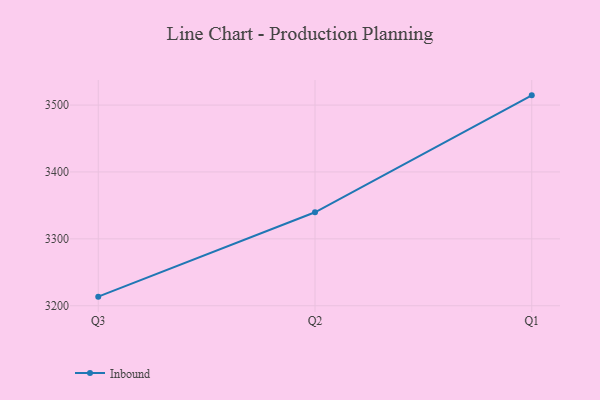
{"axis": {"x": "Quarter", "y": "Page Views"}, "legend": ["Inbound"], "data": [{"x": "Q3", "y": 3213.6, "type": "Inbound"}, {"x": "Q2", "y": 3339.7, "type": "Inbound"}, {"x": "Q1", "y": 3514.5, "type": "Inbound"}]}